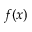
f ( x )